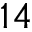
1 4